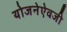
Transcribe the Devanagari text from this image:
योजनेऐवजी